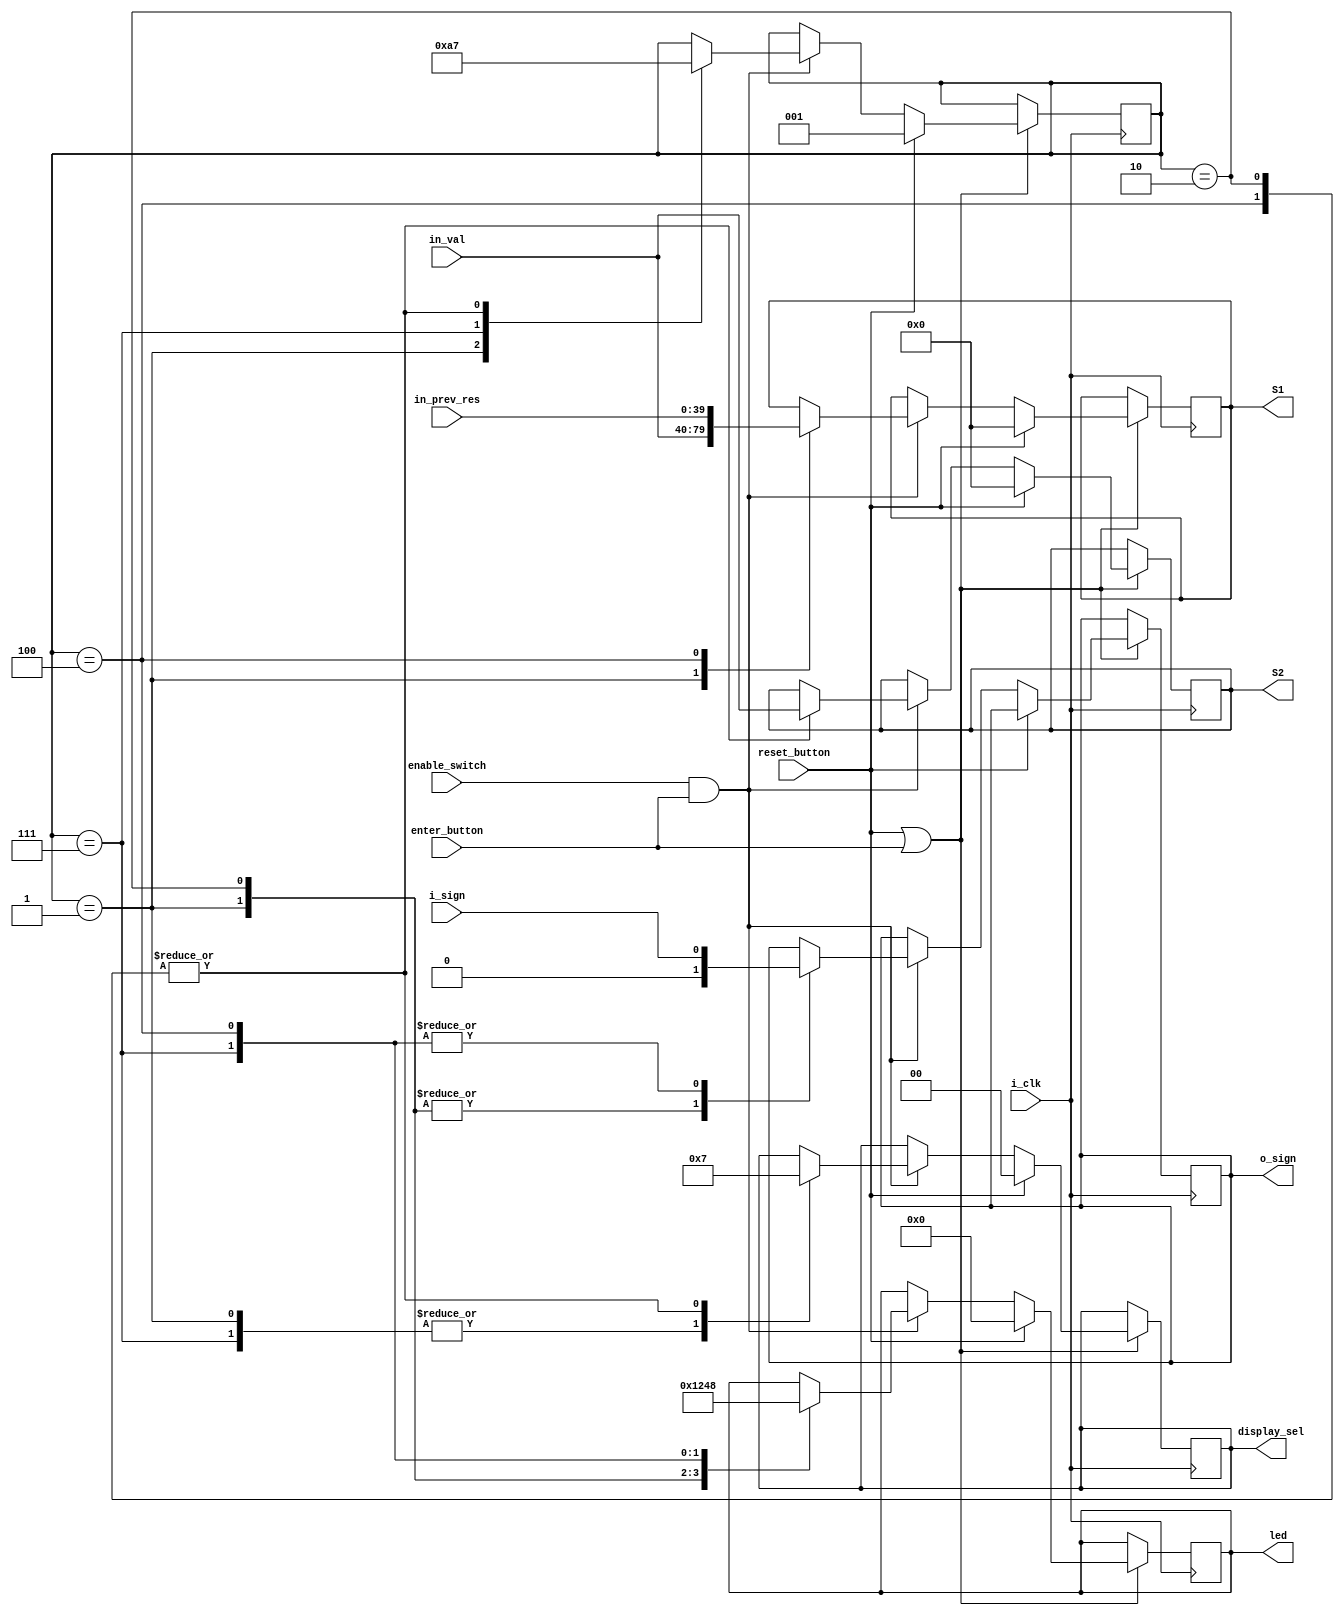
module state_controller(
input enter_button,
input reset_button,
input i_sign,
input enable_switch,
input [39:0] in_val,
input [39:0] in_prev_res,
input i_clk,
output reg[3:0] led,
output reg[39:0] S1,
output reg[39:0] S2,
output reg o_sign,
output reg [1:0]display_sel
);


parameter INPUT_1_STATE 			= 3'b001;
parameter INPUT_2_STATE 			= 3'b010;
parameter INPUT_RESULT_STATE		= 3'b111;
parameter INPUT_CONT_STATE 		= 3'b100;

reg [2:0] state;

always @ ( posedge i_clk )
	begin
		if( reset_button || enter_button )
			begin
				if ( reset_button )
					begin
						state = INPUT_1_STATE;
						display_sel = 2'b00;
						S1 = 40'd0;
						S2 = 40'd0;
						led = 4'b0000;
					end
				else
					begin
						if( enable_switch && enter_button )
							begin					
								case ( state )
									INPUT_1_STATE:
										begin
											state = INPUT_2_STATE;
											S1 = in_val;
											display_sel = 2'b01;
											led = 4'b0001;
											o_sign = 1'd0;
										end
									INPUT_2_STATE:
										begin
											state = INPUT_RESULT_STATE;
											S2 = in_val;
											display_sel = 2'b11;
											led = 4'b0010;
											o_sign = 1'd0;
										end			
									INPUT_RESULT_STATE:
										begin
											state = INPUT_CONT_STATE;
											display_sel = 2'b01;
											led = 4'b0100;
											o_sign = i_sign;
										end
									INPUT_CONT_STATE:
										begin
											state = INPUT_RESULT_STATE;
											S1 <= in_prev_res;
											S2 = in_val;
											display_sel = 2'b11;
											led = 4'b1000;
											o_sign = i_sign;
										end
								endcase
							end
					end
			end
	end



endmodule